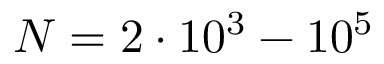
N = 2 \cdot 1 0 ^ { 3 } - 1 0 ^ { 5 }